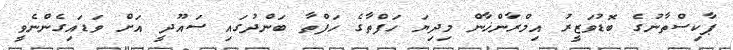
ޕާކިސްތާނުގެ ބޮޑުވަޒީރު އިމްރާންޚާން މިދިޔަ ހަފްތާގެ ހަފްތާ ބަންދުގައި ސައޫދީ އަށް ވަޑައިގެންނެވީ